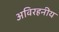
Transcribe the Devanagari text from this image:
अविरहनीय